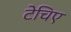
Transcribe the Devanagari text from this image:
टेचिए